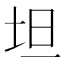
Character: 坦